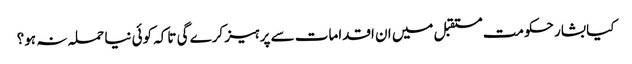
کیا بشار حکومت مستقبل میں ان اقدامات سے پرہیز کرے گی تاکہ کوئی نیا حملہ نہ ہو؟